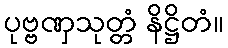
ပုဗ္ဗဏှသုတ္တံ နိဋ္ဌိတံ။